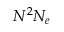
N ^ { 2 } N _ { e }